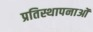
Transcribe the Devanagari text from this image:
प्रतिस्थापनाओं